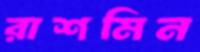
রাশমিন